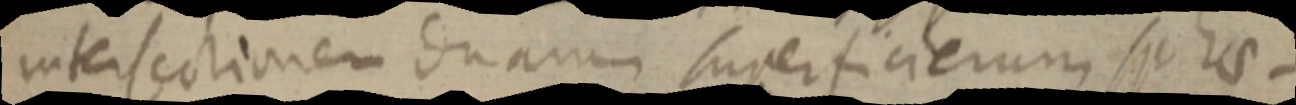
intersectionem duarum superficierum sphae-